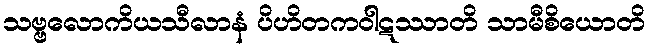
သဗ္ဗလောကိယသီလာနံ ပိဟိတကဝါဋဿာတိ သာမီစိယောတိ